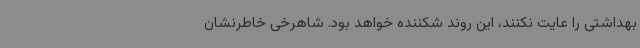
بهداشتی را عایت نکنند، این روند شکننده خواهد بود. شاهرخی خاطرنشان